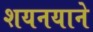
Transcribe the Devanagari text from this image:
शयनयाने